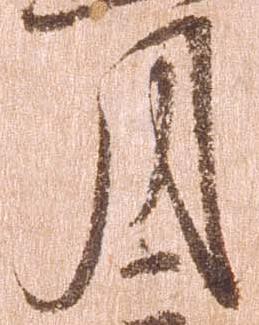
月